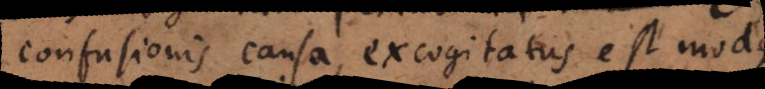
confusionis causa, excogitatus est modus